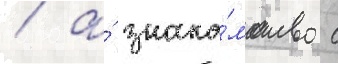
/ а́ знако́мство с